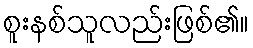
စူးနစ်သူလည်းဖြစ်၏။